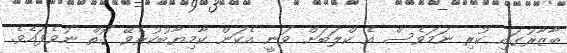
ބާޒާރުގައި ކުރި ނަމަވެސް އެ ކްލަބަށް ވަނީ އެކަން ކާމިޔާބުކުރެވޭ ގޮތް ނުވެފައެވެ.